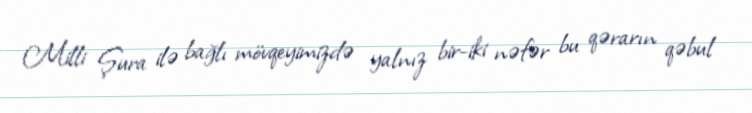
Milli Şura ilə bağlı mövqeyimizdə yalnız bir-iki nəfər bu qərarın qəbul